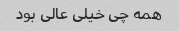
همه چی خیلی عالی بود